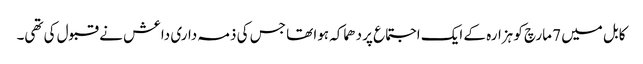
کابل میں 7 مارچ کو ہزارہ کے ایک اجتماع پر دھماکہ ہوا تھا جس کی ذمہ داری داعش نے قبول کی تھی۔